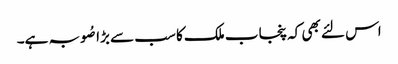
اس لئے بھی کہ پنجاب ملک کا سب سے بڑا صُوبہ ہے۔